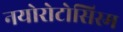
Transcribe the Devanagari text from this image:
नयोरोटोसिस्म